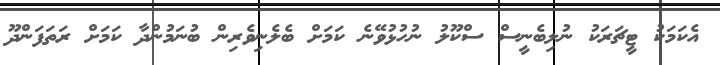
އެކަމަކު ޓީޗަރަކު ނުލިބެނީސް ސްކޫލު ނުހުޅުވޭނެ ކަމަށް ބެލެނިވެރިން ބުނަމުންދާ ކަމަށް ރަތަފަންދޫ